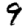
Digit: 9